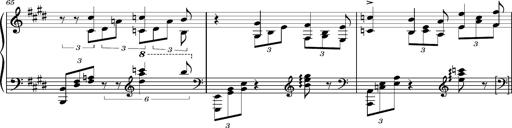
Title: PrÃ©ludes et Harmonies poÃ©tiques et religieuses
Composer: Franz Liszt